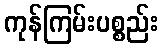
ကုန်ကြမ်းပစ္စည်း